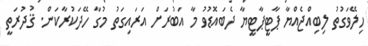
ހިލޭވަގުތު ލިބިއްޖެއްޔާ ޕާޓީޕާޓީޔާ ދެބައޮޑުވު މާ އަބުރަށް އަރައިގަތު މުގާ ހޭދަކުރާކަން. ޤުދުރަތީ